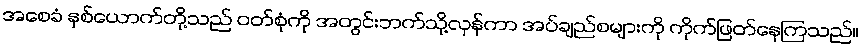
အစေခံ နှစ်ယောက်တို့သည် ဝတ်စုံကို အတွင်းဘက်သို့လှန်ကာ အပ်ချည်စများကို ကိုက်ဖြတ်နေကြသည်။